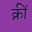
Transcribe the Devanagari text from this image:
क्रीं